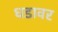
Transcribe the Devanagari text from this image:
धडावर